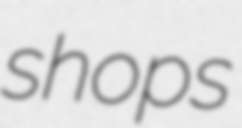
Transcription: shops